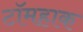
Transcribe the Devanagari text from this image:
टॉमहाक